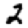
Digit: 2